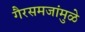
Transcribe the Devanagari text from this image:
गैरसमजांमुळे